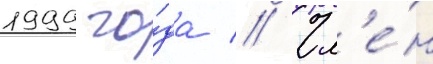
1999 го́да // Чл'е́н